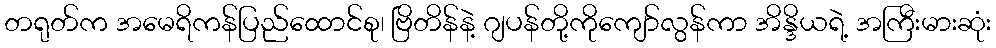
တရုတ်က အမေရိကန်ပြည်ထောင်စု၊ ဗြိတိန်နဲ့ ဂျပန်တို့ကိုကျော်လွန်ကာ အိန္ဒိယရဲ့ အကြီးမားဆုံး